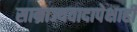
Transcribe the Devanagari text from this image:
साम्राज्यवादापेक्षाही